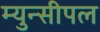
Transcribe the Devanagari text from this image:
म्युन्सीपल